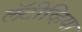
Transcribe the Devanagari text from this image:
लॅटीव्हिया